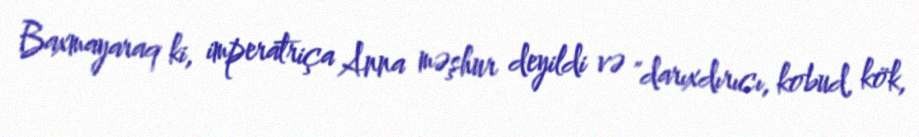
Baxmayaraq ki, imperatriça Anna məşhur deyildi və "darıxdırıcı, kobud, kök,